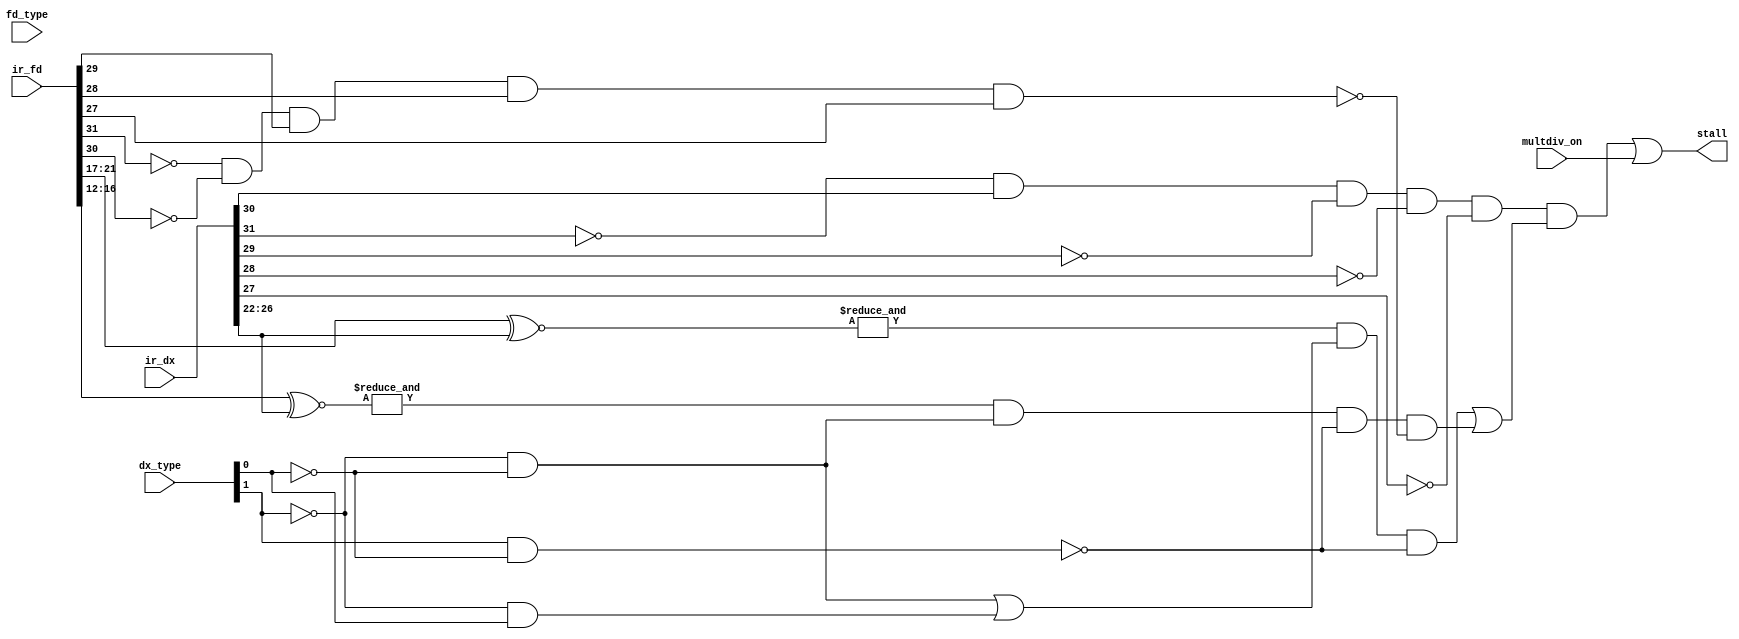
module stall_logic(stall, ir_dx, dx_type, ir_fd, fd_type, multdiv_on);
	
	input multdiv_on;
	input [31:0] ir_dx, ir_fd;
	input [1:0] dx_type, fd_type;
	
	output stall;
	
	// decode type for fd
	wire r_fd  = ~dx_type[1] & ~dx_type[0];
	wire i_fd  = ~dx_type[1] &  dx_type[0];

	// decode type for dx
	wire ji_dx =  dx_type[1] & ~dx_type[0];
	
	// assign reg values
	wire [4:0] fd_ir_rs = ir_fd[21:17];
	wire [4:0] fd_ir_rt = ir_fd[16:12];
	wire [4:0] dx_ir_rd = ir_dx[26:22];
	
	wire sw_fd = (~ir_fd[31] & ~ir_fd[30] &  ir_fd[29] &  ir_fd[28] &  ir_fd[27]);
	wire lw_dx = (~ir_dx[31] &  ir_dx[30] & ~ir_dx[29] & ~ir_dx[28] & ~ir_dx[27]);
	assign stall = (lw_dx &
						  ((&(fd_ir_rs ~^ dx_ir_rd) & (r_fd|i_fd) & (~ji_dx)) | 
						  ((&(fd_ir_rt ~^ dx_ir_rd) & (r_fd) & (~ji_dx)) & ~sw_fd))) | multdiv_on;

endmodule